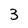
Character: 3